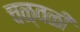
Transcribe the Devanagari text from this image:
चळ्वळी